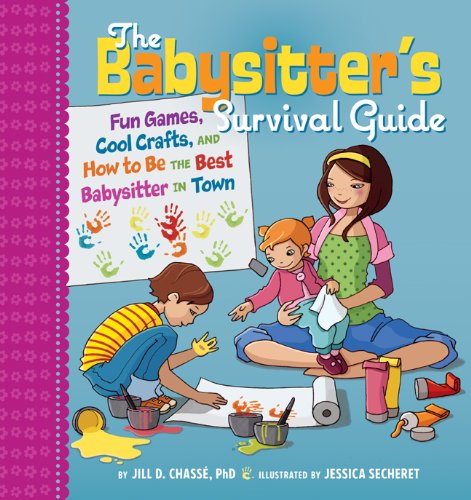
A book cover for The Babysitter's Survival Guide: Fun Games, Cool Crafts, and How to Be the Best Babysitter in Town; Jill D. ChassÃ©; Teen & Young Adult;